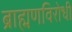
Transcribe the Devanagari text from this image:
ब्राह्मणविरोधी